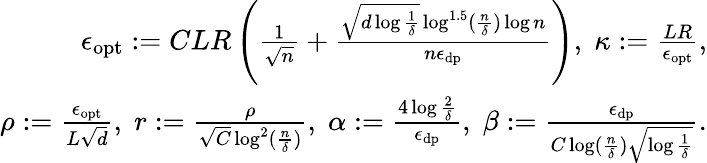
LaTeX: \begin{array}{r}{\epsilon_{\textup{opt}}:=CLR\left(\frac 1{\sqrt n}+\frac{\sqrt{d\log\frac 1\delta}\log^{1.5}(\frac n\delta)\log n}{n\epsilon_{\textup{dp}}}\right),\; \kappa:=\frac{LR}{\epsilon_{\textup{opt}}},}\\ {\rho:=\frac{\epsilon_{\textup{opt}}}{L\sqrt d},\; r:=\frac{\rho}{\sqrt C\log^{2}(\frac n\delta)},\; \alpha:=\frac{4\log\frac 2\delta}{\epsilon_{\textup{dp}}},\; \beta:=\frac{\epsilon_{\textup{dp}}}{C\log(\frac n\delta)\sqrt{\log\frac 1\delta}}.}\end{array}